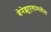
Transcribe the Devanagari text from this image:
वेनेझुएलामधील